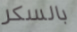
بالسكر